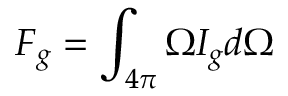
\boldsymbol { F } _ { g } = \int _ { 4 \pi } \boldsymbol { \Omega } I _ { g } d \Omega